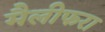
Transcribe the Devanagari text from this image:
मैलीफरा